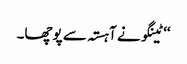
‘‘ ٹینگو نے آہستہ سے پوچھا۔